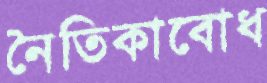
নৈতিকাবোধ